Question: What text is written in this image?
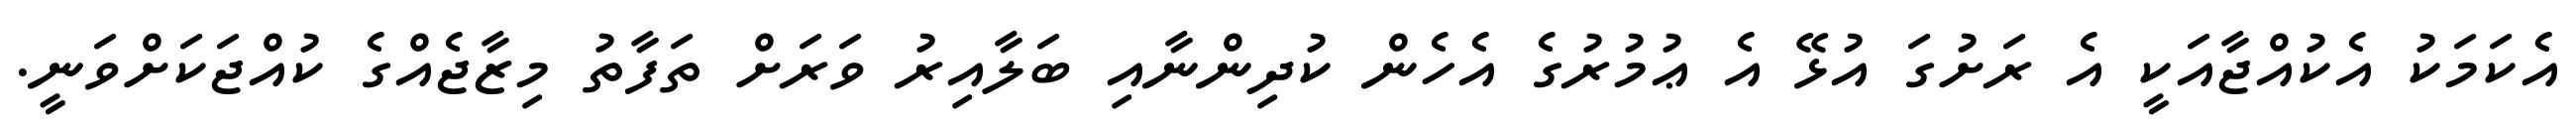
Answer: އެކަމަކު އެކުއްޖާއަކީ އެ ރަށުގަ އުޅޭ އެ ޢުމުރުގެ އެހެން ކުދިންނާއި ބަލާއިރު ވަރަށް ތަފާތު މިޒާޖެއްގެ ކުއްޖަކަށްވަނީ.